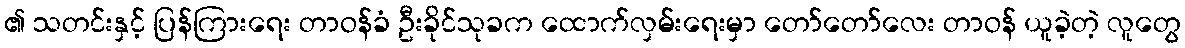
၏ သတင်းနှင့် ပြန်ကြားရေး တာဝန်ခံ ဦးခိုင်သုခက ထောက်လှမ်းရေးမှာ တော်တော်လေး တာဝန် ယူခဲ့တဲ့ လူတွေ